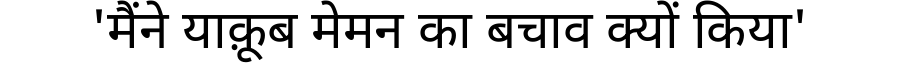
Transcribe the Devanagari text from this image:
'मैंने याक़ूब मेमन का बचाव क्यों किया'